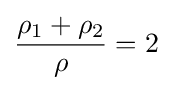
{\frac {\rho _{1}+\rho _{2}}{\rho }}=2